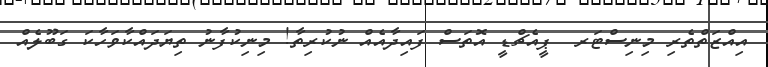
އިއްޒަތްތެރި މިނިސްޓަރ  ޕީއެޗްޑީ އޮތަސް ފައިދާއެއް ނުކުރިތާ! މިނިކުފާނު ތިޔަދައްކާވަހާކަ ގަބޫލެއް